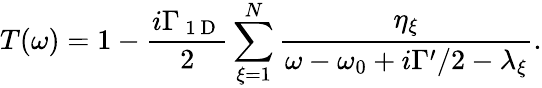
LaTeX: T(\omega)=1-\frac{i\Gamma_{\mathrm{~1~D~}}}{2}\sum_{\xi=1}^{N}\frac{\eta_{\xi}}{\omega-\omega_{0}+i\Gamma^{\prime}/2-\lambda_{\xi}}.